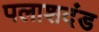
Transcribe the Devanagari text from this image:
पलाशदंड